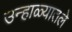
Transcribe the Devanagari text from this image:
उन्हाळ्यातले